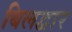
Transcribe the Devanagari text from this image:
बिलद्वार